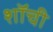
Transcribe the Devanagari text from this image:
शॉची